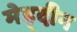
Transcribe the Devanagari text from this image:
मेह्दीन